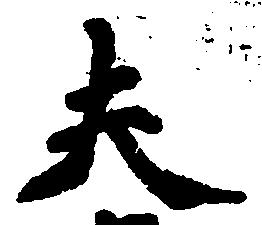
夫